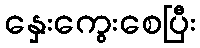
နှေးကွေးစေပြီး